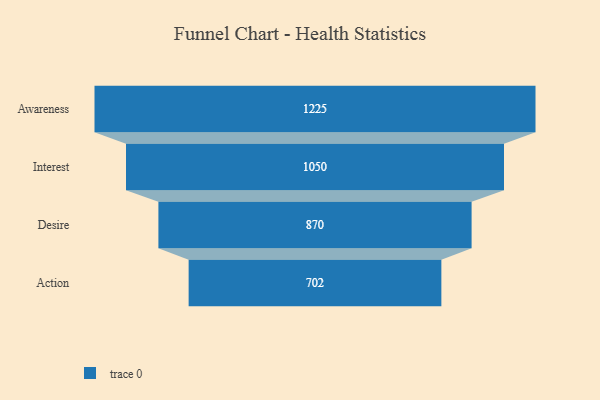
{"axis": {"x": "Stage", "y": "Value"}, "legend": [""], "data": [{"x": "Awareness", "y": 1225.0, "type": ""}, {"x": "Interest", "y": 1050.0, "type": ""}, {"x": "Desire", "y": 870.0, "type": ""}, {"x": "Action", "y": 702.0, "type": ""}]}